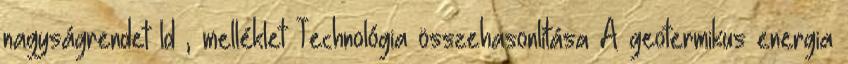
nagyságrendet ld , melléklet Technológia összehasonlítása A geotermikus energia